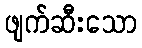
ဖျက်ဆီးသော